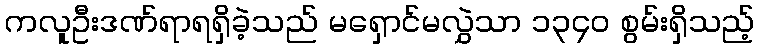
ကလူဦးဒဏ်ရာရရှိခဲ့သည် မရှောင်မလွှဲသာ ၁၃၄၀ စွမ်းရှိသည့်